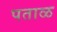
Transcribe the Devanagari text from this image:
पताळ